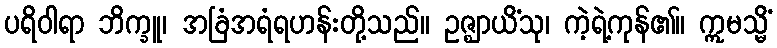
ပရိဝါရာ ဘိက္ခူ၊ အခြံအရံရဟန်းတို့သည်။ ဥဇ္ဈာယိံသု၊ ကဲ့ရဲ့ကုန်၏။ ဣမသ္မိံ